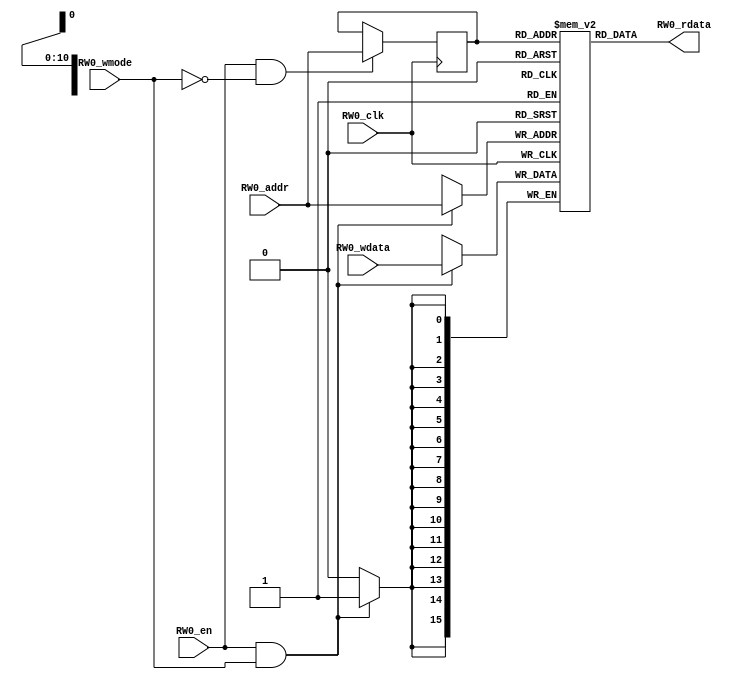
// name:array_35_ext depth:2048 width:16 masked:false maskGran:16 maskSeg:1
module array_35_ext(
  input RW0_clk,
  input [10:0] RW0_addr,
  input RW0_en,
  input RW0_wmode,
  input [15:0] RW0_wdata,
  output [15:0] RW0_rdata
);


  reg reg_RW0_ren;
  reg [10:0] reg_RW0_addr;
  reg [15:0] ram [2047:0];
  `ifdef RANDOMIZE_MEM_INIT
    integer initvar;
    initial begin
      #`RANDOMIZE_DELAY begin end
      for (initvar = 0; initvar < 2048; initvar = initvar+1)
        ram[initvar] = {1 {$random}};
      reg_RW0_addr = {1 {$random}};
    end
  `endif
  always @(posedge RW0_clk)
    reg_RW0_ren <= RW0_en && !RW0_wmode;
  always @(posedge RW0_clk)
    if (RW0_en && !RW0_wmode) reg_RW0_addr <= RW0_addr;
  always @(posedge RW0_clk)
    if (RW0_en && RW0_wmode) begin
      ram[RW0_addr][15:0] <= RW0_wdata[15:0];
    end
  `ifdef RANDOMIZE_GARBAGE_ASSIGN
  reg [31:0] RW0_random;
  `ifdef RANDOMIZE_MEM_INIT
    initial begin
      #`RANDOMIZE_DELAY begin end
      RW0_random = {$random};
      reg_RW0_ren = RW0_random[0];
    end
  `endif
  always @(posedge RW0_clk) RW0_random <= {$random};
  assign RW0_rdata = reg_RW0_ren ? ram[reg_RW0_addr] : RW0_random[15:0];
  `else
  assign RW0_rdata = ram[reg_RW0_addr];
  `endif

endmodule